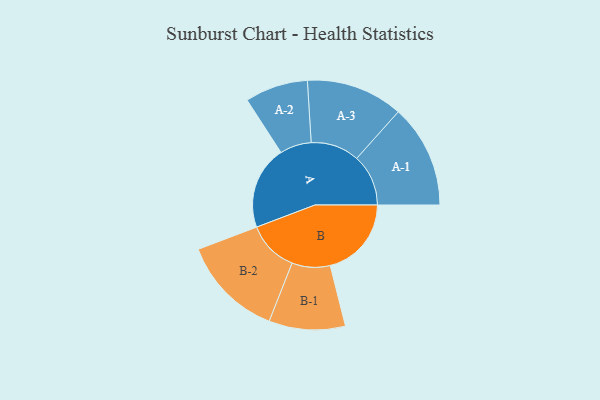
{"axis": {"x": "Segment", "y": "Value"}, "legend": ["", "A", "B"], "data": [{"x": "A", "y": 476, "type": ""}, {"x": "B", "y": 464, "type": ""}, {"x": "A-1", "y": 295, "type": "A"}, {"x": "A-2", "y": 180, "type": "A"}, {"x": "A-3", "y": 277, "type": "A"}, {"x": "B-1", "y": 218, "type": "B"}, {"x": "B-2", "y": 292, "type": "B"}]}